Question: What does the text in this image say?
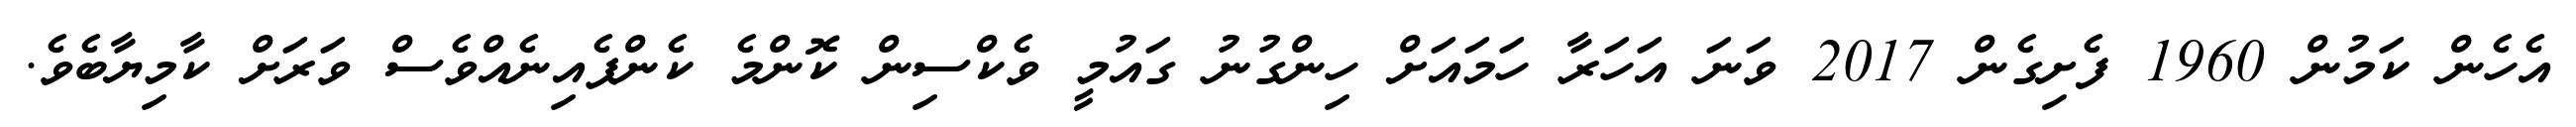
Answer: އެހެން ކަމުން 1960 ފެށިގެން 2017 ވަނަ އަހަރާ ހަމައަށް ހިންގުނު ގައުމީ ވެކްސިން ކޮންމެ ކެންޕެއިނެއްވެސް ވަރަށް ކާމިޔާބެވެ.